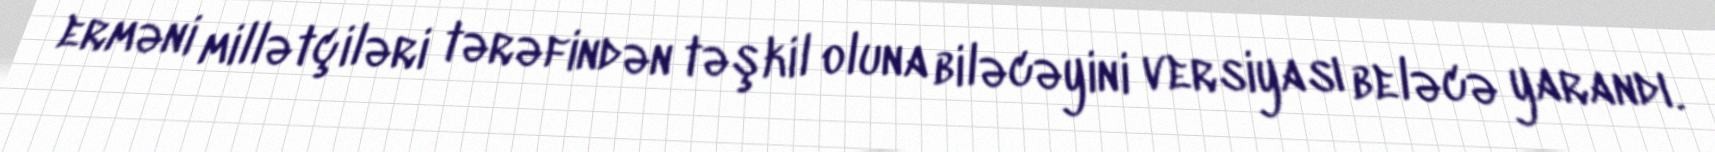
erməni millətçiləri tərəfindən təşkil oluna biləcəyini versiyası beləcə yarandı.